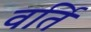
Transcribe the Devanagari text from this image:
वर्ति